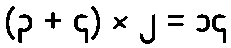
(၃ + ၄) × ၂ = ၁၄